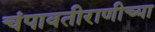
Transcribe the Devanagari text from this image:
चंपावतीराणीच्या